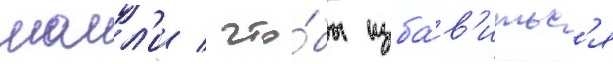
молл'и / что́бы изба́в'итьс'я